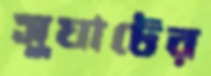
সুঘাটের